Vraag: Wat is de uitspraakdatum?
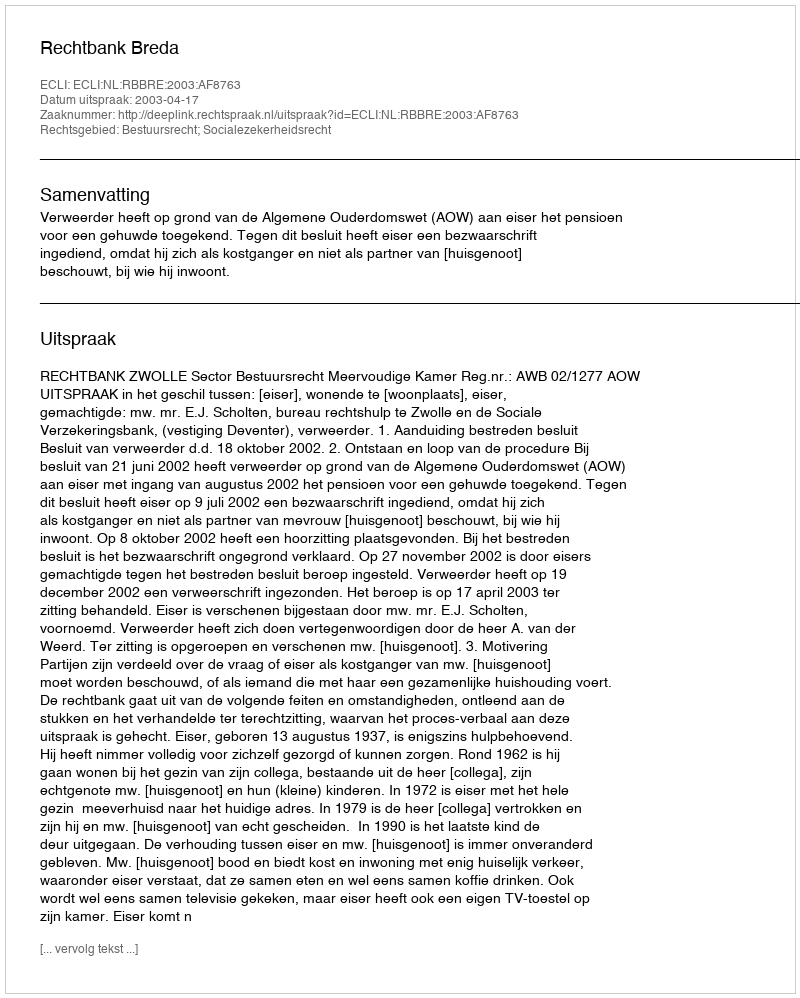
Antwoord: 2003-04-17